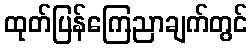
ထုတ်ပြန်ကြေညာချက်တွင်